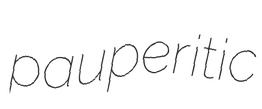
pauperitic